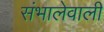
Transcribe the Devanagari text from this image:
संभालेवाली